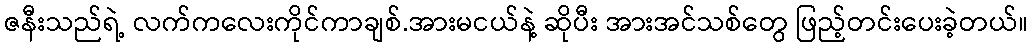
ဇနီးသည်ရဲ့ လက်ကလေးကိုင်ကာချစ်.အားမငယ်နဲ့ ဆိုပီး အားအင်သစ်တွေ ဖြည့်တင်းပေးခဲ့တယ်။